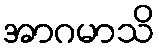
အာဂမာသိ